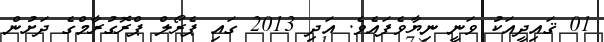
01 ޤައިދީއަކު ވަނީ ނިޔާވެފައެވެ. އަދި 2013 ގައި ޕެރޯލް ޕްރޮގުރާމްގެ ދަށުން